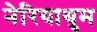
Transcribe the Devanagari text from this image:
नेरियाथुम